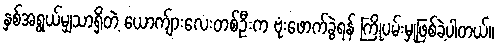
နှစ်အရွယ်မျှသာရှိတဲ့ ယောက်ျားလေးတစ်ဦးက ဗုံးဖောက်ခွဲရန် ကြိုပမ်းမှုဖြစ်ခဲ့ပါတယ်။